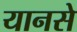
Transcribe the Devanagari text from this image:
यानसे